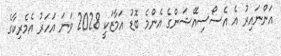
އަންނައިރު އެ އެސޯސިއޭޝަންގެ އެންމެ ބޮޑު އަމާޒަކީ 2028 ވަނަ އަހަރު އެމެރިކާގެ